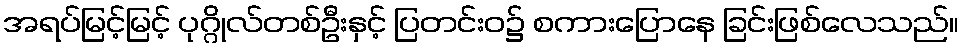
အရပ်မြင့်မြင့် ပုဂ္ဂိုလ်တစ်ဦးနှင့် ပြတင်းဝ၌ စကားပြောနေ ခြင်းဖြစ်လေသည်။